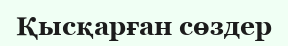
Қысқарған сөздер